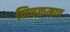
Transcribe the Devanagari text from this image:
निषक्रमण